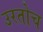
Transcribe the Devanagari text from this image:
उरतोच